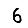
Digit: 6